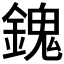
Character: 𨪈